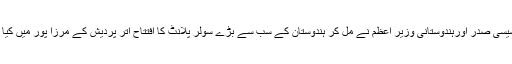
فرانسیسی صدر اورہندوستانی وزیر اعظم نے مل کر ہندوستان کے سب سے بڑے سولر پلانٹ کا افتتاح اتر پردیش کے مرزا پور میں کیا ہے ۔